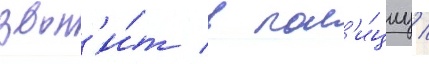
звон'и́т в пол'и́циу /